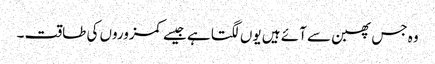
وہ جس پھبن سے آئے ہیں یوں لگتا ہے جیسے کمزوروں کی طاقت ۔